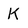
Character: K